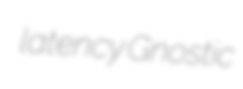
latency Gnostic